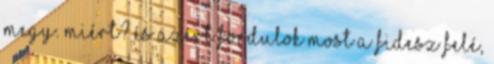
megy. miért? és azért fordulok most a Fidesz felé,